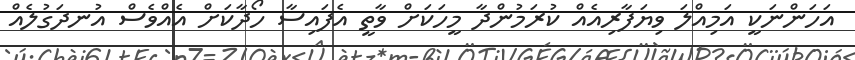
އަހަންނަކީ އަމިއްލަ ވިޔަފާރިއެއް ކުރަމުންދާ މީހަކަށް ވާތީ އެފައިސާ ހޯދާކަށް އެއްވެސް އުނދަގުލެއް